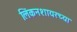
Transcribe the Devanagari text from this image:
लिंकनशायरच्या